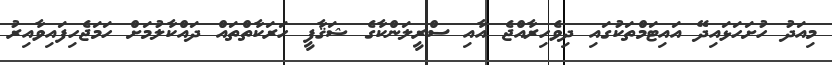
މިއަދު ހުށަހަޅައިދޭ އައިޓަމްތަކުގައި ދިވެހިރާއްޖެ އާއި ސްރީލަންކާގެ ޝަޤާފީ ހަރަކާތްތައް ދައްކާލުމަށް ހަމަޖެހިފައިވާއިރު